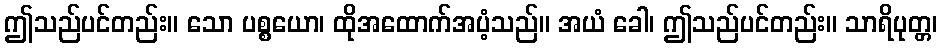
ဤသည်ပင်တည်း။ သော ပစ္စယော၊ ထိုအထောက်အပံ့သည်။ အယံ ခေါ၊ ဤသည်ပင်တည်း။ သာရိပုတ္တ၊